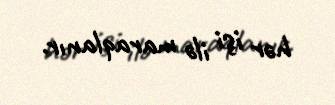
hər işi ilə maraqlanır.